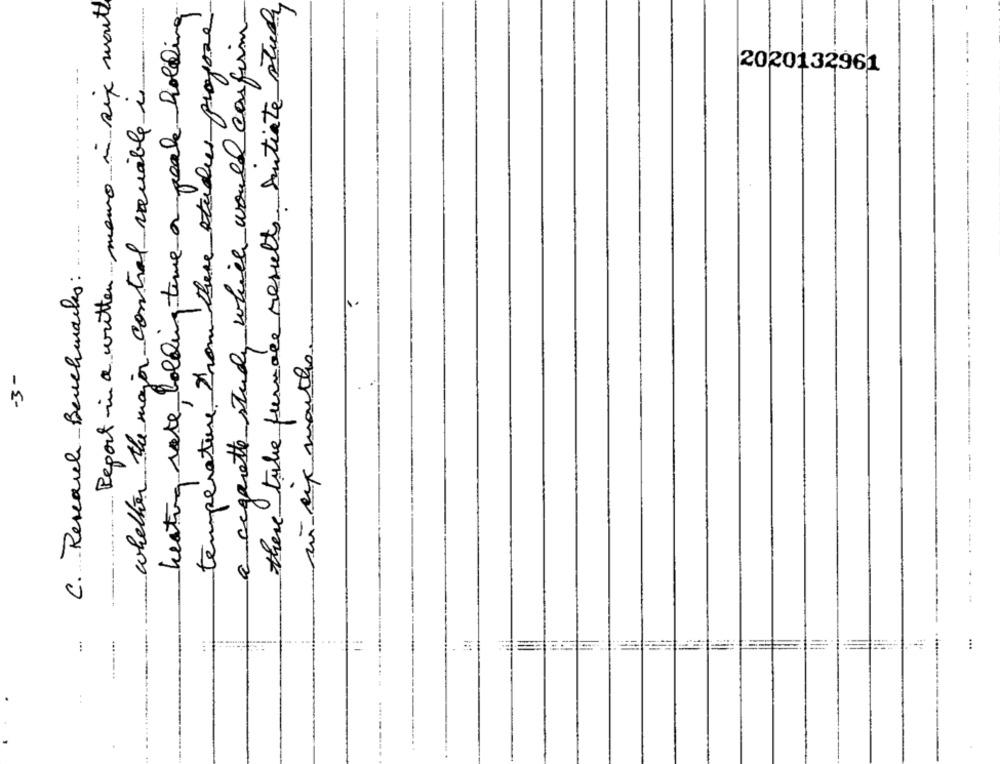
Report in a written memo in six month
there take furnace results. Autiste study
heating sate holding time or peake holding
temperature from there studies propose
a cigarette study which would confirm
---
------
2020132961
whether the major control variable is
C. Research Benchmarks :
- up months
-3-
....
==